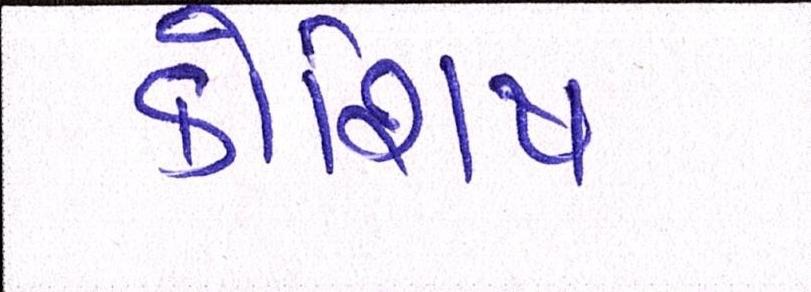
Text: કોશિષ